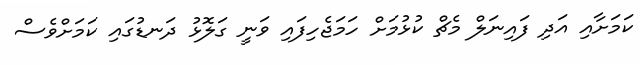
ކަމަށާއި އަދި ފައިނަލް މެޗް ކުޅުމަށް ހަމަޖެހިފައި ވަނީ ގަލޮޅު ދަނޑުގައި ކަމަށްވެސް